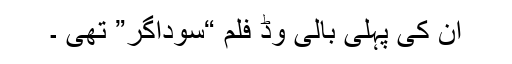
ان کی پہلی بالی وڈ فلم “سوداگر” تھی ۔